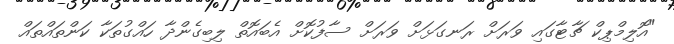
"އޮލިމްޕިކް ޗާޓާގައި ވަރަށް ރަނގަޅަށް ވަރަށް ސާފުކޮށް އެބައޮތް ލިބިގެންދާ ހައްގުތަކާ ކަންތައްތައް